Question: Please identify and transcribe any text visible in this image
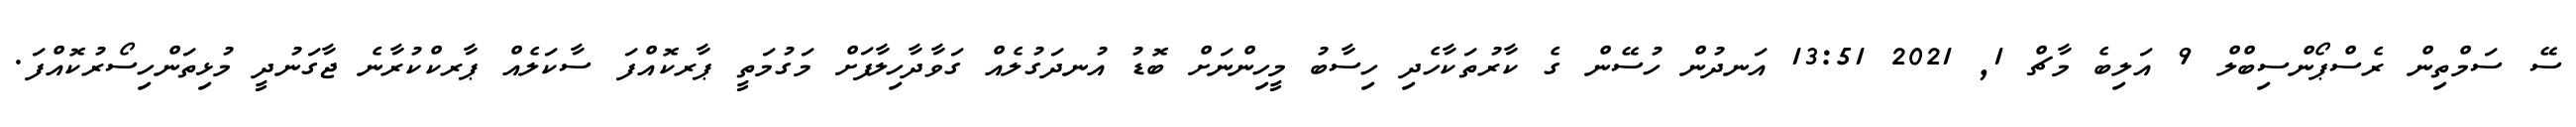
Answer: ސޭ ސަމްތިން ރެސްޕޯންސިބްލް 9 އަލިބެ މާޗް 1, 2021 13:51 އަނދުން ހުސޭން ގެ ކާރުތަކާހެދި ހިސާބު މީހިންނަށް ބޮޑު އުނދަގުލެއް ގަވާދާހިލާފަށް މަގުމަތީ ޕާރކޮއްފަ ސާކަލެއް ޕާރކްކުރާނެ ޖާގަނުދީ މުޅިތަންހިސޯރުކޮއްފަ.